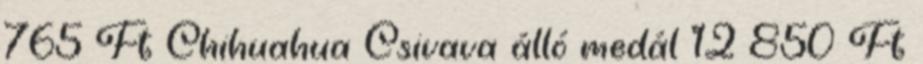
765 Ft Chihuahua Csivava álló medál 12 850 Ft